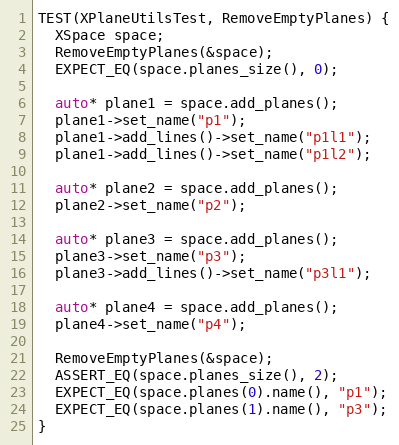
Language: C++
TEST(XPlaneUtilsTest, RemoveEmptyPlanes) {
  XSpace space;
  RemoveEmptyPlanes(&space);
  EXPECT_EQ(space.planes_size(), 0);

  auto* plane1 = space.add_planes();
  plane1->set_name("p1");
  plane1->add_lines()->set_name("p1l1");
  plane1->add_lines()->set_name("p1l2");

  auto* plane2 = space.add_planes();
  plane2->set_name("p2");

  auto* plane3 = space.add_planes();
  plane3->set_name("p3");
  plane3->add_lines()->set_name("p3l1");

  auto* plane4 = space.add_planes();
  plane4->set_name("p4");

  RemoveEmptyPlanes(&space);
  ASSERT_EQ(space.planes_size(), 2);
  EXPECT_EQ(space.planes(0).name(), "p1");
  EXPECT_EQ(space.planes(1).name(), "p3");
}